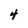
Character: 4